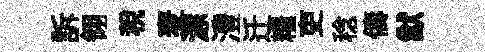
訴翎税麦淙澧迁糧吏稔儔猷